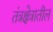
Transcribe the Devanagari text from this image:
तंत्रक्षेत्रातील